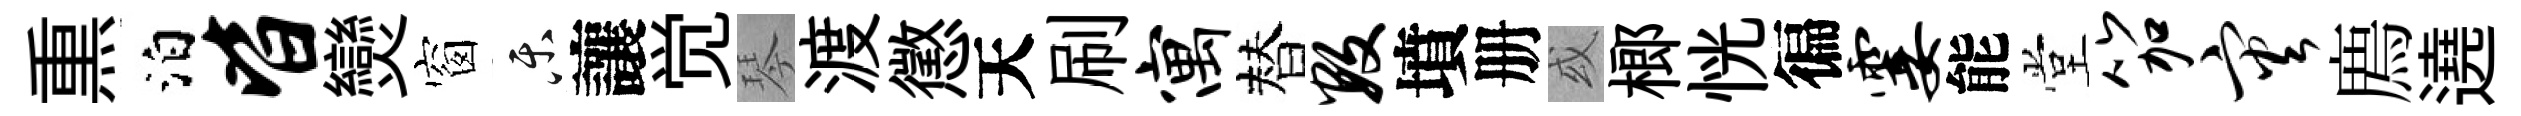
𤋱泊皆𤓖窗乐讓觉琴渡懲天刷寓替数墳册或榔恍徧霎能堂笳灾廌遶